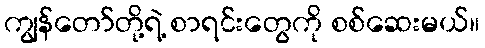
ကျွန်တော်တို့ရဲ့ စာရင်းတွေကို စစ်ဆေးမယ်။